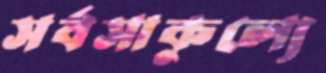
সর্বসাকুল্যে